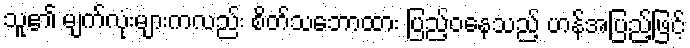
သူ၏ မျက်လုံးများကလည်း စိတ်သဘောထား ပြည့်ဝနေသည့် ဟန်အပြည့်ဖြင့်